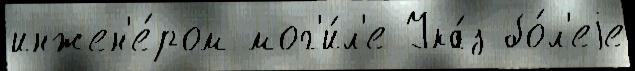
инжен'е́ром мог'и́л'е Ука́з бо́л'еjе